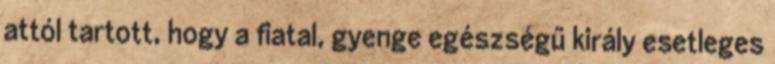
attól tartott, hogy a fiatal, gyenge egészségű király esetleges